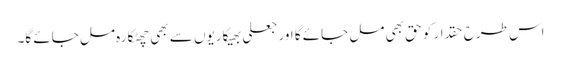
اس طرح حقدار کو حق بھی مل جائے گا اور جعلی بھیکاریوں سے بھی چھٹکارہ مل جائے گا۔